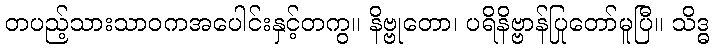
တပည့်သားသာဝကအပေါင်းနှင့်တကွ။ နိဗ္ဗုတော၊ ပရိနိဗ္ဗာန်ပြုတော်မူပြီ။ သိဒ္ဓ